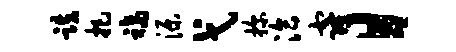
跌把福源弋探洽窿目